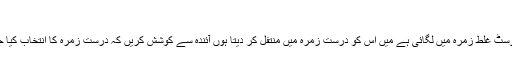
زندہ باد
آپ نے یہ پوسٹ غلط زمرہ میں لگائی ہے میں اس کو درست زمرہ میں منتفل کر دیتا ہوں آئندہ سے کوشش کریں کہ درست زمرہ کا انتخاب کیا جائے شکریہ